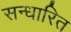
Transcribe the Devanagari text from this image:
सन्धारित